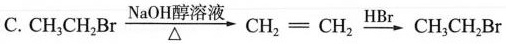
C.$$CH_{3}CH_{2}Br \xrightarrow[\triangle ]{NaOH醇溶液}CH_{2}=CH_{2}\xrightarrow[]{Br_{2}}CH_{3}CH_{2}Br$$